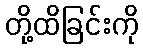
တို့ထိခြင်းကို